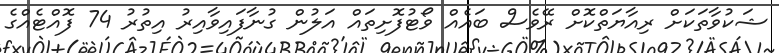
ޝަކުވާތަކަށް ރިއާޔަތްކޮށް ރޭވެސް ބައެއް ވޯޓުފޮށިތައް އަލުން ގުނާފައިވާއިރު އިތުރު 74 ފޮއްޓެއްގެ